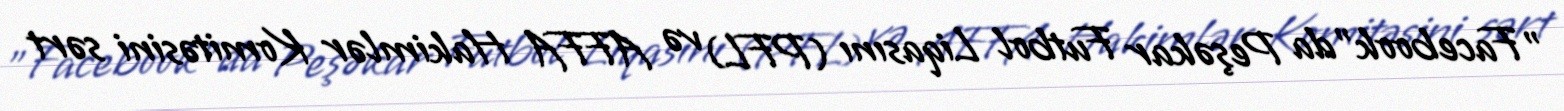
"Facebook”da Peşəkar Futbol Liqasını (PFL) və AFFA Hakimlər Komitəsini sərt